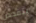
يتفحص